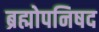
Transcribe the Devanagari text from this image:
ब्रह्मोपनिषद